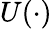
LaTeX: U(\cdot)